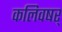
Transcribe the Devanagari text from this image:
कलिवषर्